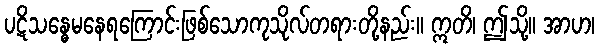
ပဋိသန္ဓေမနေရကြောင်းဖြစ်သောကုသိုလ်တရားတို့နည်း။ ဣတိ၊ ဤသို့။ အာဟ၊